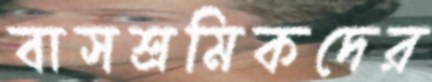
বাসশ্রমিকদের